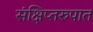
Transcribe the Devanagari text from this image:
संक्षिप्तरुपात